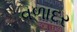
વળાદર